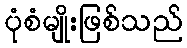
ပုံစံမျိုးဖြစ်သည်